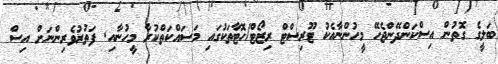
ބަލީގެ ގޮތުން އިސްކަންދޭންޖެހޭ މީހުންނާއެކު ޓޫރިސްޓް ރިޒޯޓް/ހޮޓާތަކުގައި މަސައްކަތްކުރާ މީހުނާއި